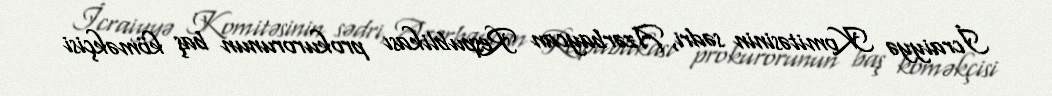
İcraiyyə Komitəsinin sədri, Azərbaycan Respublikası prokurorunun baş köməkçisi